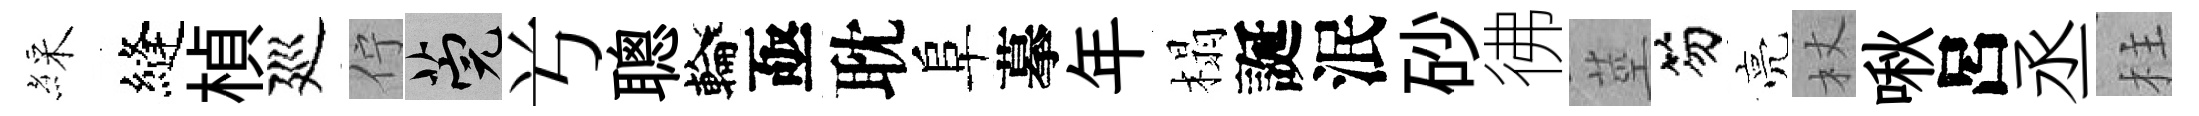
綵縫楨廵佇筦𠔃聰輪亟耽阜摹年榻誕泯砂彿莖笏亮杖啾呂丞柱